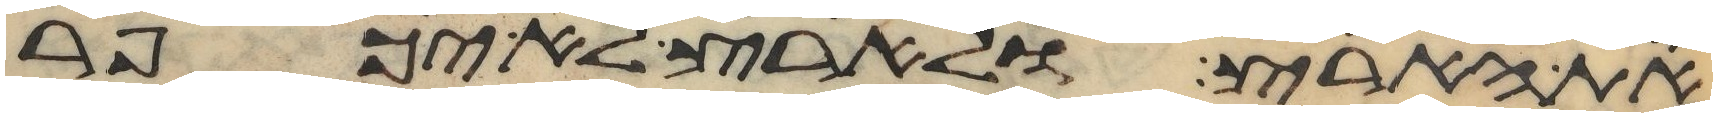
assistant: את הארץ ולארץ לא יכפר